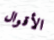
الأقوال